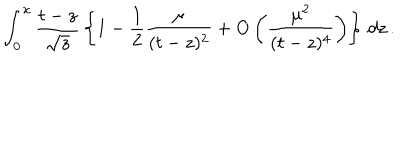
LaTeX: \int _ { 0 } ^ { x } { \frac { t - z } { \sqrt { z } } } \left\lbrace 1 - { \frac { 1 } { 2 } } { \frac { \mu } { ( t - z ) ^ { 2 } } } + \mathrm { O } \left( { \frac { \mu ^ { 2 } } { ( t - z ) ^ { 4 } } } \right) \right\rbrace \, d z \, .